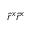
\hat { r } ^ { x } \hat { r } ^ { x }